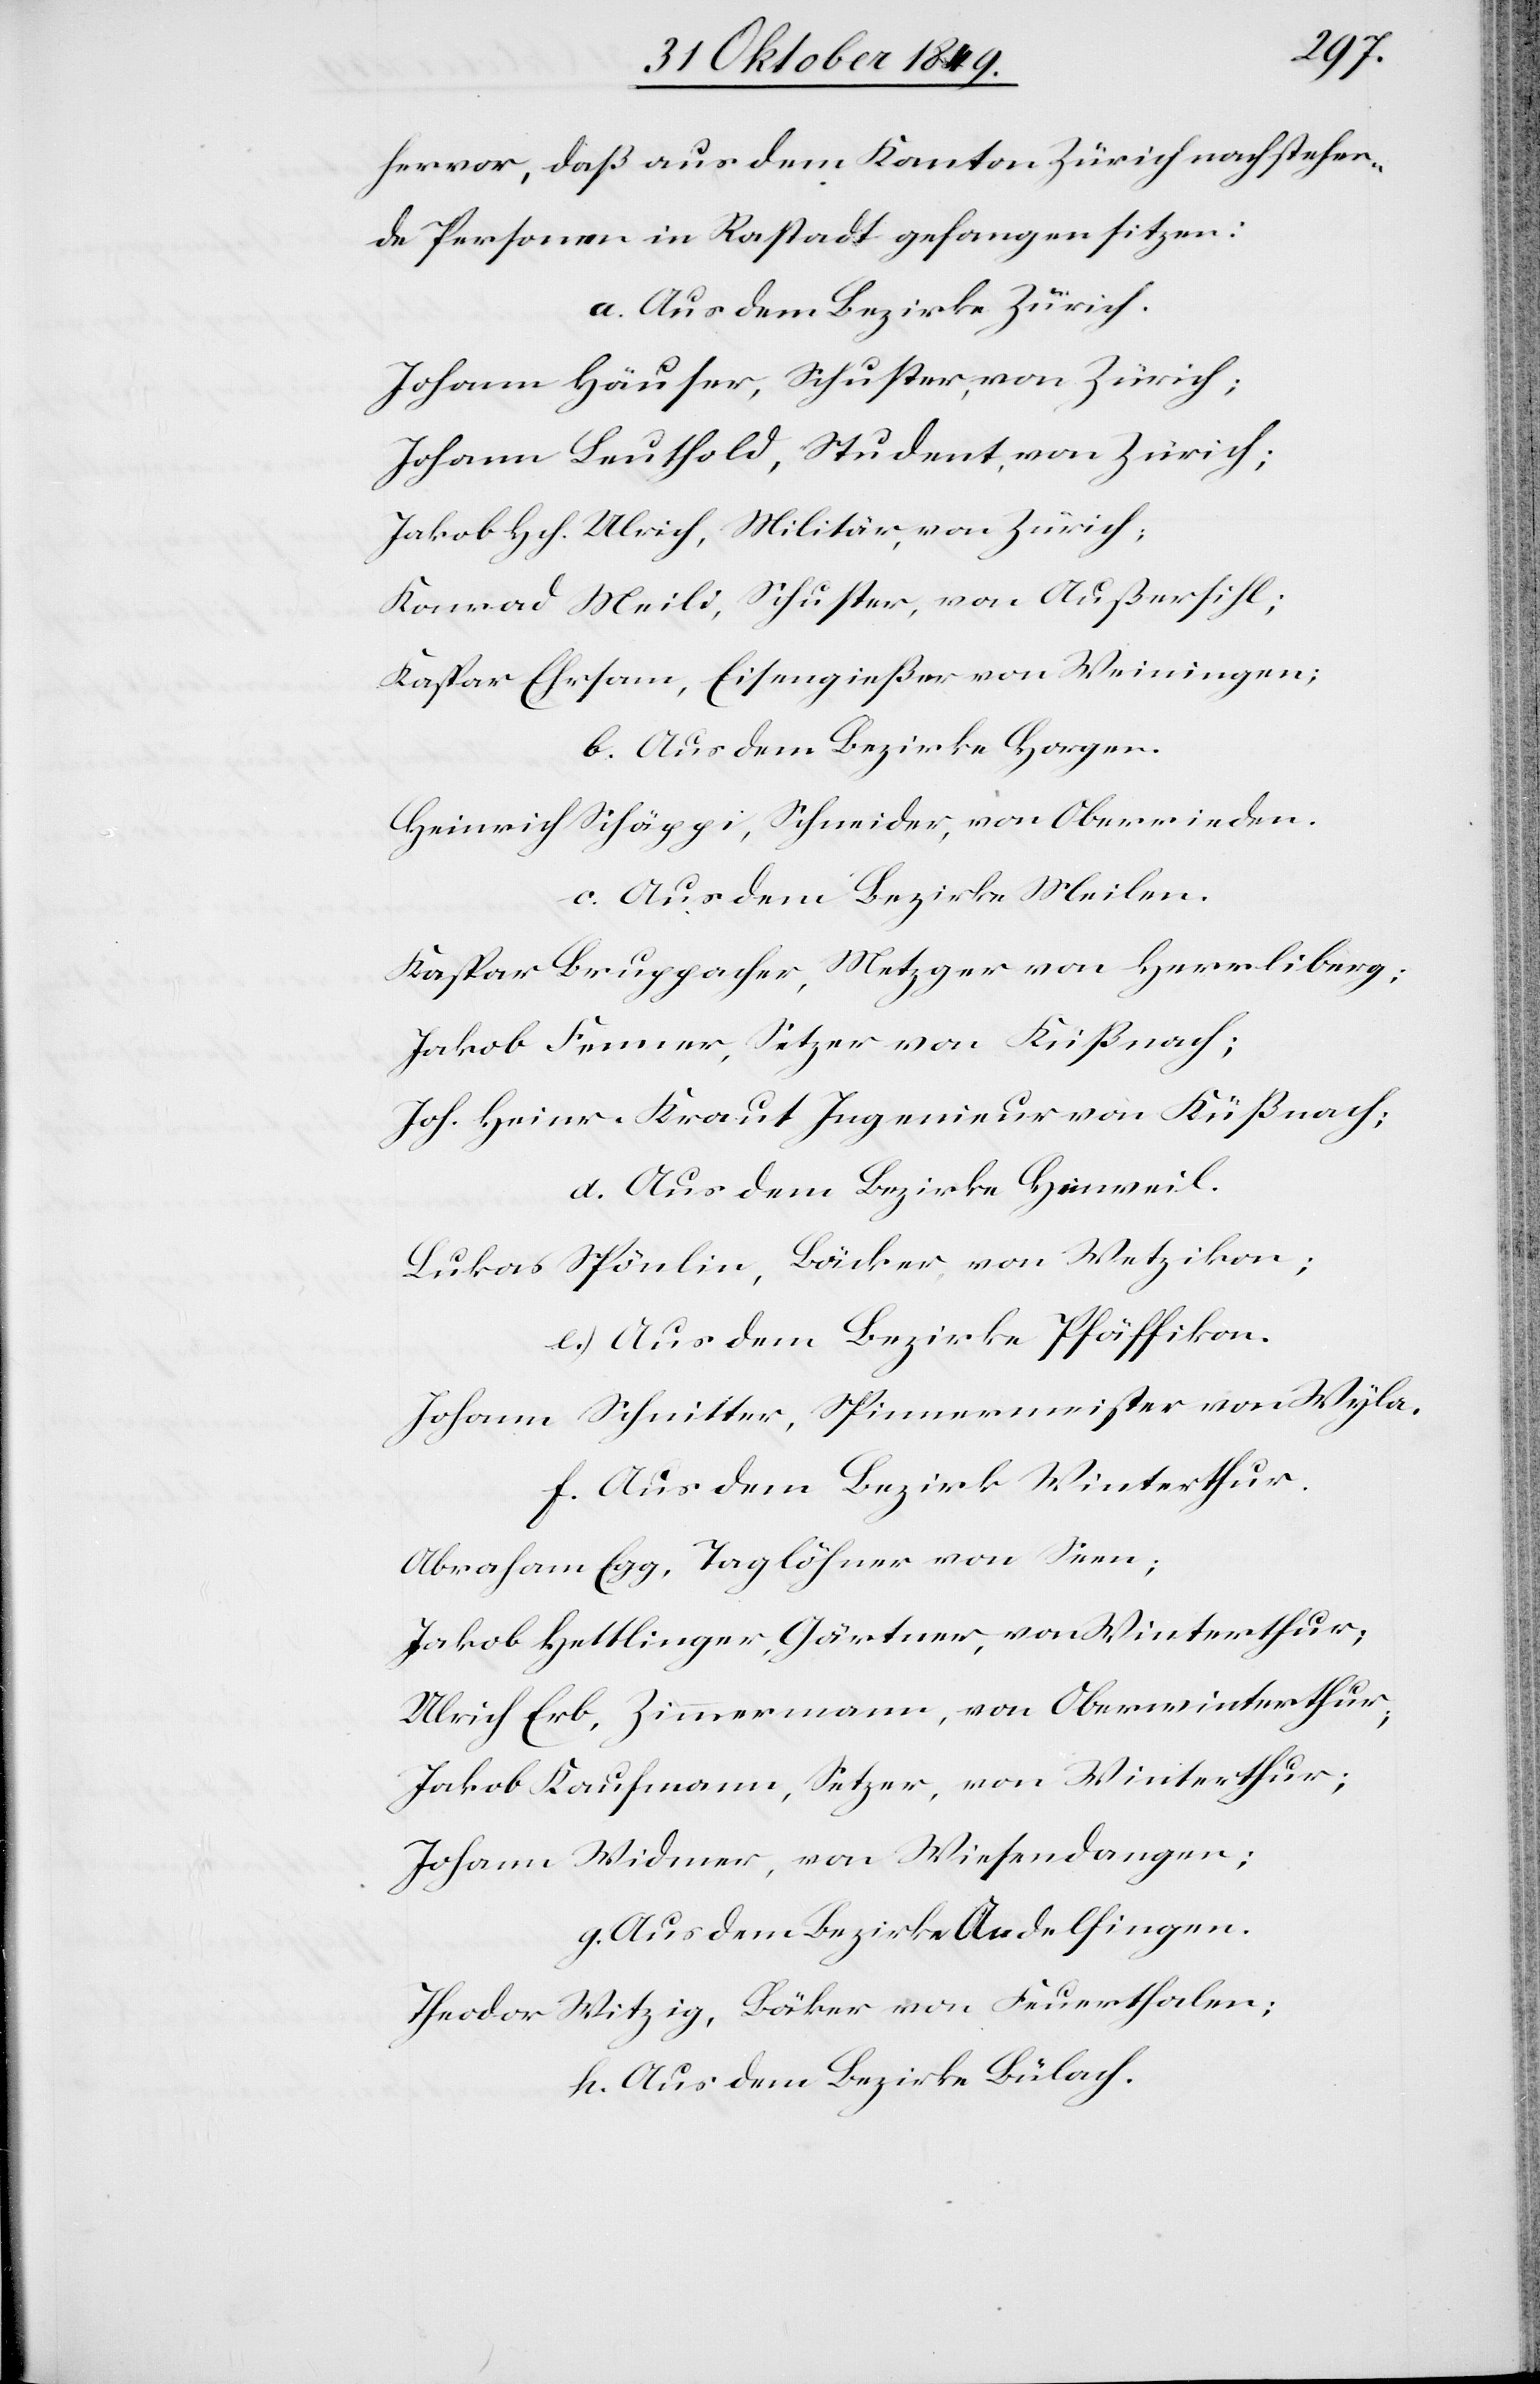
hervor, daß aus dem Kanton Zürich nachstehen¬
de Personen in Rastadt gefangen sitzen:
a. Aus dem Bezirke Zürich.
Johann Häuser, Schuster, von Zürich;
Johann Leuthold, Student, von Zürich;
Jakob Hch. Ulrich, Militär, von Zürich;
Konrad Meili, Schuster, von Außersihl;
Kaspar Ehrsam, Eisengießer von Weiningen;
b. Aus dem Bezirke Horgen.
Heinrich Schäppi, Schneider, von Oberrieden.
c. Aus dem Bezirke Meilen.
Kaspar Bruppacher, Metzger von Herrliberg;
Jakob Fenner, Setzer von Küßnach;
Joh. Heinr. Kraut Ingenieur von Küßnach;
d. Aus dem Bezirke Hinweil.
Lukas Spönlin, Bäcker, von Wetzikon;
e. Aus dem Bezirke Pfäffikon.
Johann Schnitter, Spinnenmeister von Wyla.
f. Aus dem Bezirk Winterthur.
Abraham Egg, Taglöhner von Seen;
Jakob Hettlinger, Gärtner, von Winterthur;
Ulrich Erb, Zimmermann, von Oberwinterthur;
Jakob Kaufmann, Setzer, von Winterthur;
Johann Widmer, von Wiesendangen;
g. Aus dem Bezirke Andelfingen.
Theodor Witzig, Bäker von Feuerthalen;
h. Aus dem Bezirke Bülach.